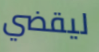
ليقضي